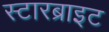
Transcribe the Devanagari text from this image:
स्टारब्राइट